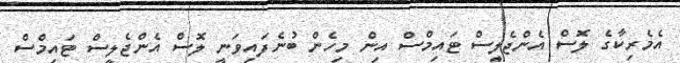
އެމެރިކާގެ ލޮސް އެންޖެލިީސް ޓައިމްސް އިން މިހެން ބުނެފައިވަނީ ލޮސް އެންޖެލީސް ޓައިމްސް